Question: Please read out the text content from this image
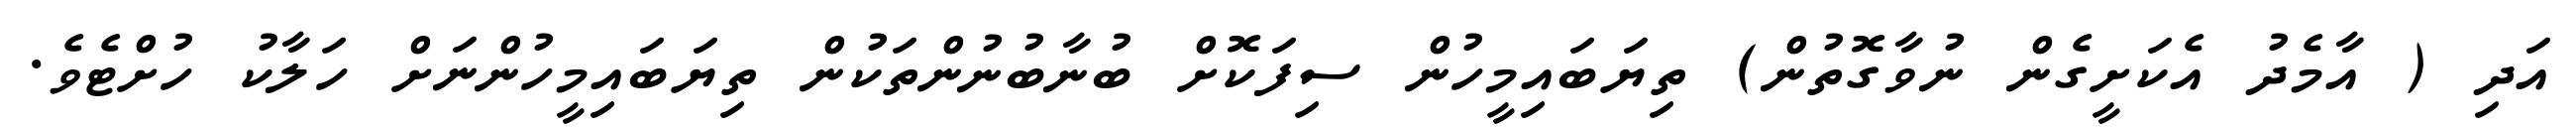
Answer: އަދި ( އާމެދު އެކަށީގެން ނުވާގޮތުން) ތިޔަބައިމީހުން ސިފަކޮށް ބުނާބުނުންތަކުން ތިޔަބައިމީހުންނަށް ހަލާކު ހުށްޓެވެ.